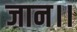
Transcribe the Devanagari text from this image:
जान।।